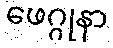
ဖေဂ္ဂုနာ